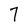
Character: 7